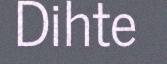
Dihte